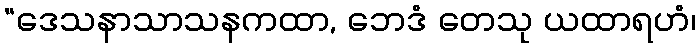
“ဒေသနာသာသနကထာ, ဘေဒံ တေသု ယထာရဟံ၊